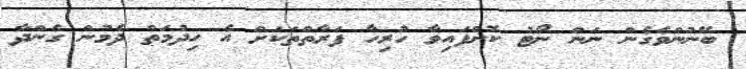
ބޭނުންވެގެން ނަން ނޯޓު ކޮށްފައިވާ ހުރިހާ ފަރާތްތަކަށް އެ ހިދުމަތް ދެމުން ގެންދާ